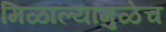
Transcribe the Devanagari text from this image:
मिळाल्यामुळेच